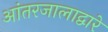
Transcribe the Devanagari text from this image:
आंतरजालाद्वारे